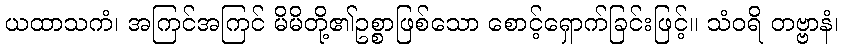
ယထာသကံ၊ အကြင်အကြင် မိမိတို့၏ဥစ္စာဖြစ်သော စောင့်ရှောက်ခြင်းဖြင့်။ သံဝရိ တဗ္ဗာနံ၊